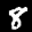
Label: 8